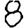
Digit: 8